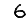
Digit: 6